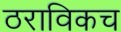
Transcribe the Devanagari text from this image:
ठराविकच